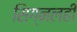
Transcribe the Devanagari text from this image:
सिग्नलही